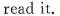
read it.